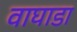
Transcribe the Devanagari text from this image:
वाघाडा